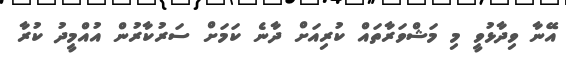
އޭނާ ވިދާޅުވީ މި މަޝްވަރާތައް ކުރިއަށް ދާނެ ކަމަށް ސަރުކާރުން އުއްމީދު ކުރާ